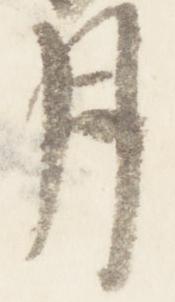
月